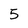
Character: 5